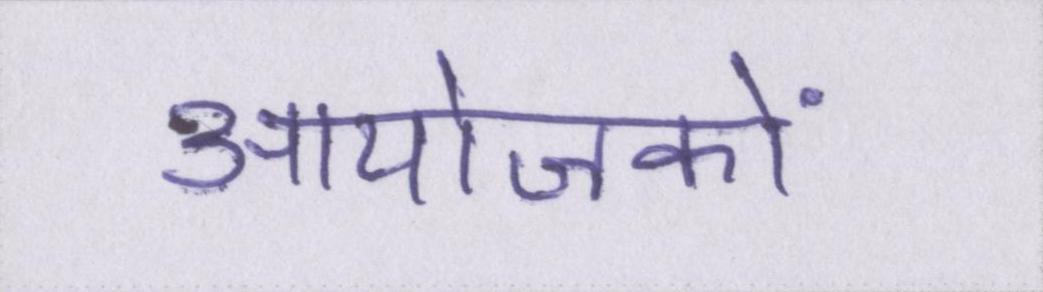
आयोजकों